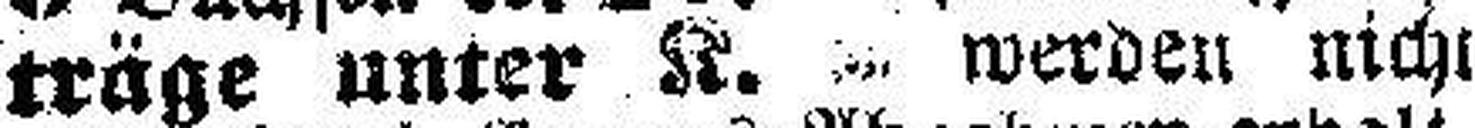
träge unter K. ### werden nicht